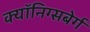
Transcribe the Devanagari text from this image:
क्यॉनिग्सबेर्ग